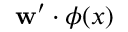
\mathbf { w } ^ { \prime } \cdot \phi ( x )